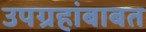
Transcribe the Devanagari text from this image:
उपग्रहांबाबत